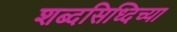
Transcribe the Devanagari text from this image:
शब्दसिध्दिच्या